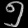
Digit: ၅